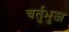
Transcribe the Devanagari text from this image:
चर्तुभुज